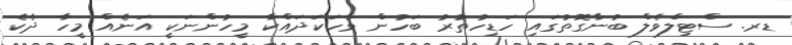
ޑރ. ސްޓިލްވެލް ބުނާގޮތުގައި ހަޑިހުތުރު ބަހުން ވާހަކަދައްކާ މީހުންނަކީ އަނެއް މީހާ ދެކެ